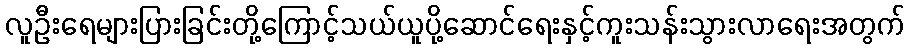
လူဦးရေများပြားခြင်းတို့ကြောင့်သယ်ယူပို့ဆောင်ရေးနှင့်ကူးသန်းသွားလာရေးအတွက်